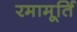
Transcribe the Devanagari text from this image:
रमामूर्ति